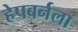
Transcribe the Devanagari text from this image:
हेपबर्नला